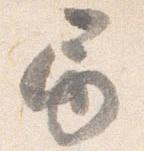
巻